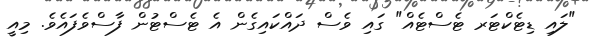
"ލައި ޑިޓެކްޓަރ ޓެސްޓެއް" ގައި ވެސް ދައްކައިގެން އެ ޓެސްޓުން ފާސްވެފައެވެ. މިއީ